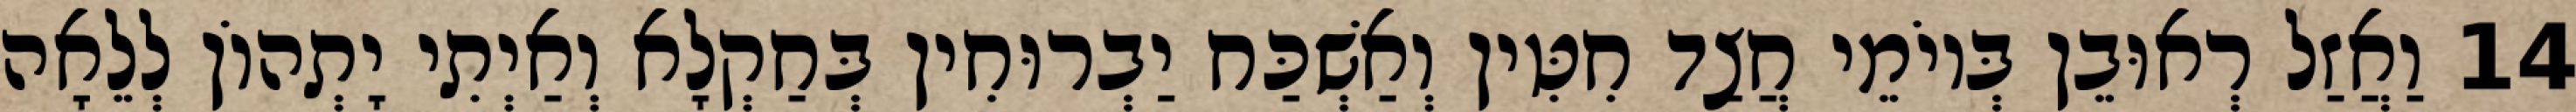
14 וַאֲזַל רְאוּבֵן בְּיוֹמֵי חֲצַד חִטִּין וְאַשְׁכַּח יַבְרוּחִין בְּחַקְלָא וְאַיְתִי יָתְהוֹן לְלֵאָה